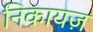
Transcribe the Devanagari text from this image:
निकायज़